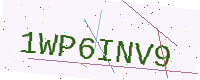
Text: 1WP6INV9